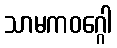
သာမကဝဂ္ဂေါ